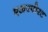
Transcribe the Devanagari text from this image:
एअरपोरट